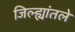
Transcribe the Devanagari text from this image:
जिल्ह्यांतले